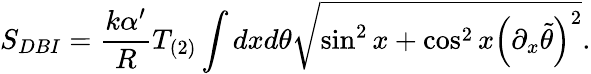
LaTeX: S_{DBI}=\frac{k\alpha^{\prime}}{R}T_{(2)}\int dxd\theta\sqrt{\sin^{2}x+\cos^{2}x\left(\partial_{x}\tilde{\theta}\right)^{2}}.